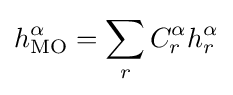
h_{\text{MO}}^{\alpha }=\sum \limits _{r}C_{r}^{\alpha }h_{r}^{\alpha }